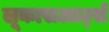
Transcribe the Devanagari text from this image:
लूकासआर्ट्स